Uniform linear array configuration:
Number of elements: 12
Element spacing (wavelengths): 0.25
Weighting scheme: exponential
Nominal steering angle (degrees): -30
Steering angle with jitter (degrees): -29.391
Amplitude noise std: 0.05
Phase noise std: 0.05

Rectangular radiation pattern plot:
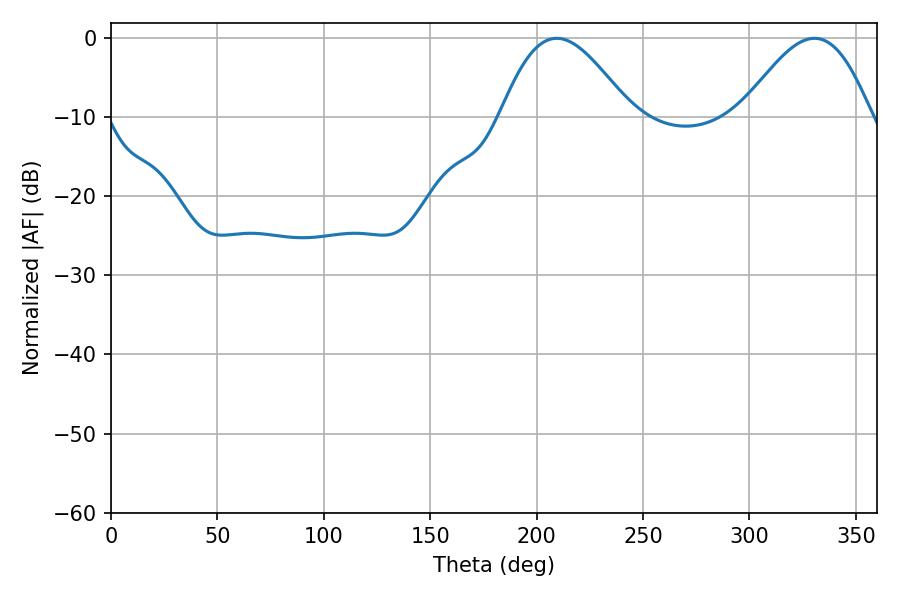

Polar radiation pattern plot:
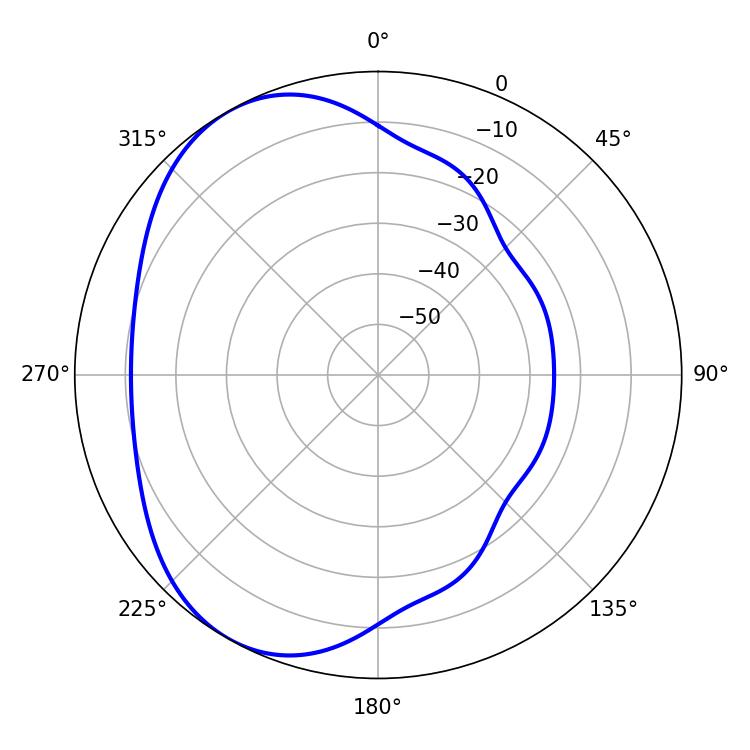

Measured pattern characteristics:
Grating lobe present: FALSE
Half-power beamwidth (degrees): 32.76
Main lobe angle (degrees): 209.52